Annual report of the Bengal Veterinary College and of the Civil Veterinary Department, Bengal, for the year 1912-1913 - 1912-1913
Year: 1912
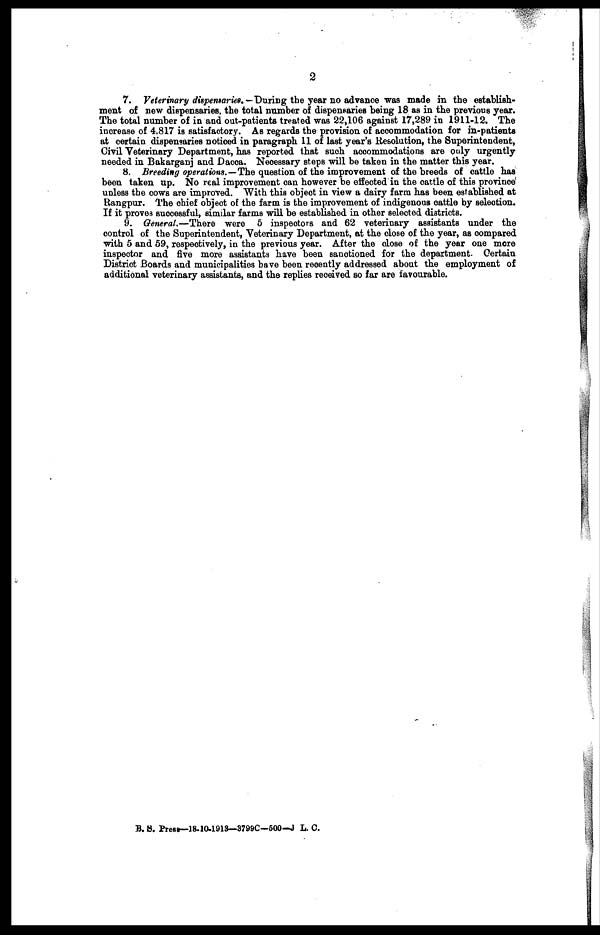
2
7. Veterinary dispensaries. — During the year no advance was made in the establish-
ment of new dispensaries, the total number of dispensaries being 18 as in the previous year.
The total number of in and out-patients treated was 22,106 against 17,289 in 1911-12. The
increase of 4,817 is satisfactory. As regards the provision of accommodation for in-patients
at certain dispensaries noticed in paragraph 11 of last year's Resolution, the Superintendent,
Civil Veterinary Department, has reported that such accommodations are only urgently
needed in Bakarganj and Dacca. Necessary steps will be taken in the matter this year.
8. Breeding operations.—The question of the improvement of the breeds of cattle has
been taken up. No real improvement can however be effected in the cattle of this province
unless the cows are improved. With this object in view a dairy farm has been established at
Rangpur. The chief object of the farm is the improvement of indigenous cattle by selection.
If it proves successful, similar farms will be established in other selected districts.
9. General.—There were 5 inspectors and 62 veterinary assistants under the
control of the Superintendent, Veterinary Department, at the close of the year, as compared
with 5 and 59, respectively, in the previous year. After the close of the year one more
inspector and five more assistants have been sanctioned for the department. Certain
District Boards and municipalities have been recently addressed about the employment of
additional veterinary assistants, and the replies received so far are favourable.
B. S. Press—18.10-1913—3799C—500—J L. 0.